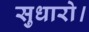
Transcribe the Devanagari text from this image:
सुधारो।